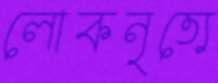
লোকনৃত্যে